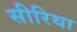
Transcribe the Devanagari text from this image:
सीरिथा